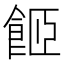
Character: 𩛉